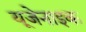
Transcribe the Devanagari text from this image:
यूजेनाइक